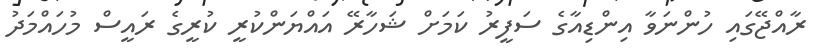
ރާއްޖޭގައި ހުންނަވާ އިންޑިއާގެ ސަފީރު ކަމަށް ޝަހާރޭ އައްޔަންކުރީ ކުރީގެ ރައީސް މުހައްމަދު